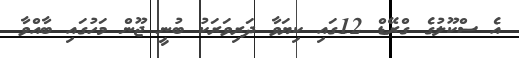
އެ ސްކޫލުގެ ގްރޭޑް 12ގައި ކިޔަވާ ދަރިވަރަކު ބުނީ ޖޫން މަހުގައި ބާއްވާ